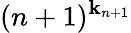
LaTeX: ({n+1})^{\mathbf{k}_{n+1}}